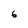
Character: 6